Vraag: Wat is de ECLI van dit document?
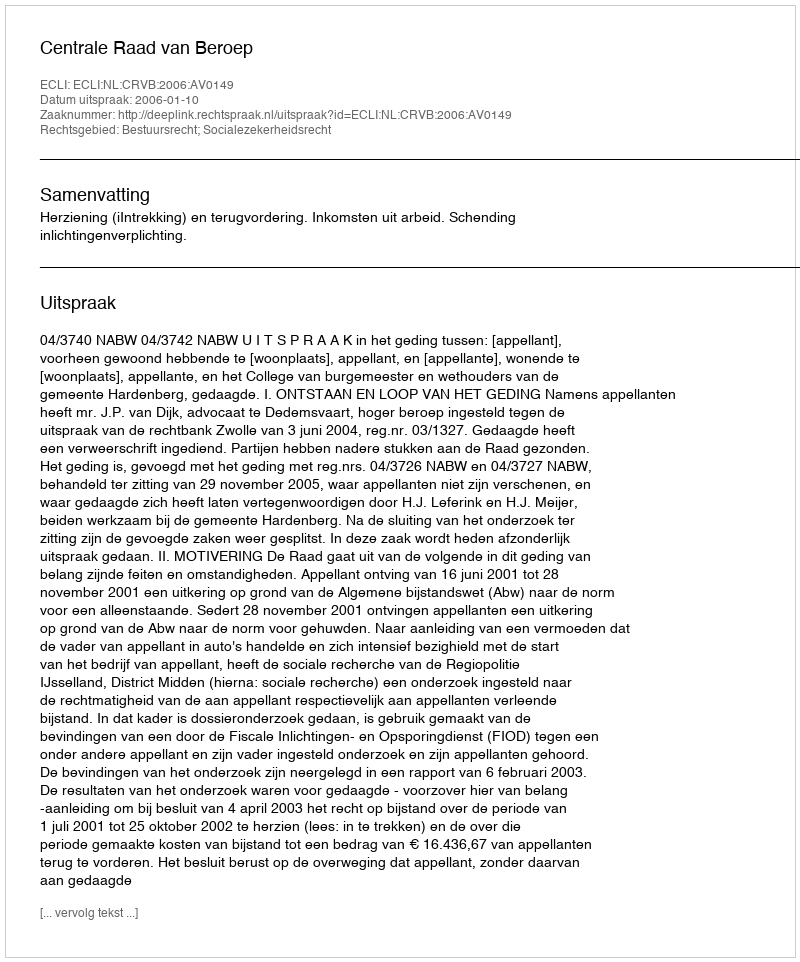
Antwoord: ECLI:NL:CRVB:2006:AV0149